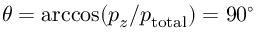
\theta = \operatorname { a r c c o s } ( p _ { z } / p _ { \mathrm { t o t a l } } ) = 9 0 ^ { \circ }